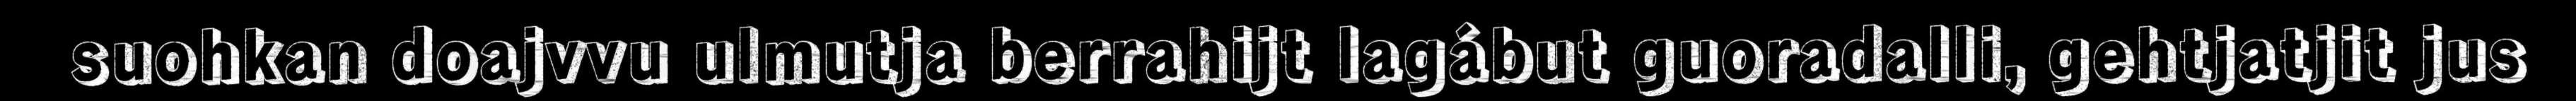
suohkan doajvvu ulmutja berrahijt lagábut guoradalli, gehtjatjit jus